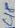
Text: C18